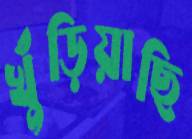
খুঁড়িয়াছি